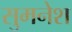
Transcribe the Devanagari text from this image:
सुमनेश